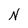
Character: N